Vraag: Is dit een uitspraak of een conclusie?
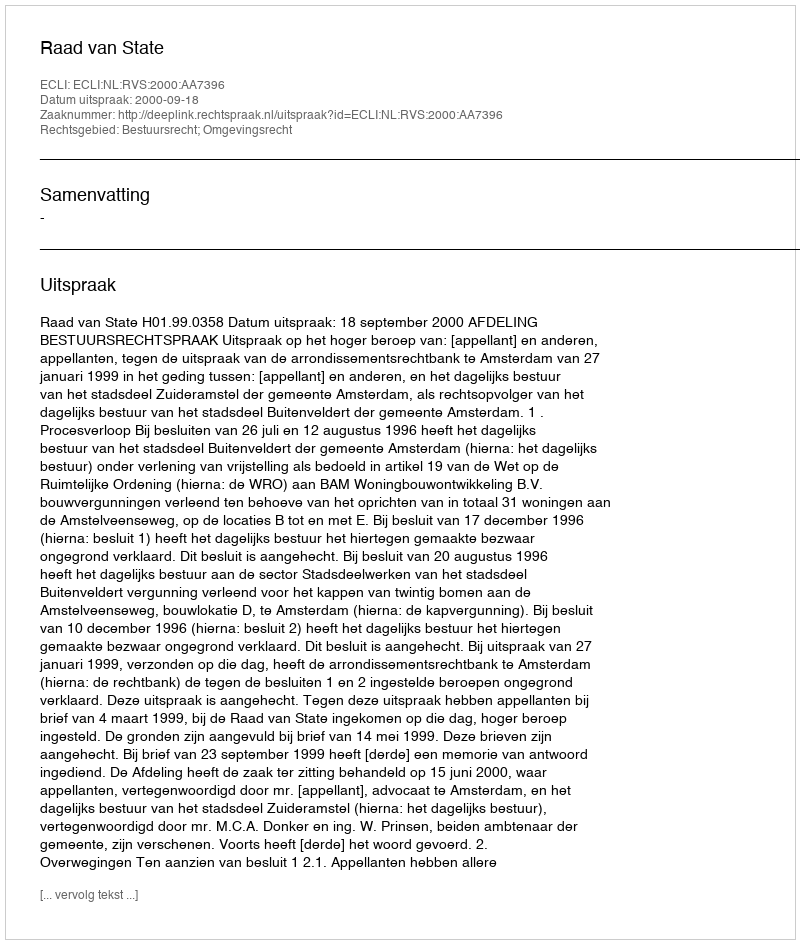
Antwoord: Uitspraak